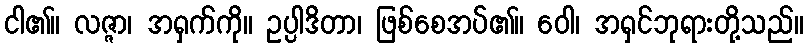
ငါ၏။ လဇ္ဇာ၊ အရှက်ကို။ ဥပ္ပါဒိတာ၊ ဖြစ်စေအပ်၏။ ဝေါ၊ အရှင်ဘုရားတို့သည်။